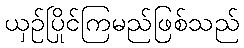
ယှဉ်ပြိုင်ကြမည်ဖြစ်သည်